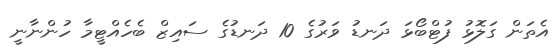
އެތަން ގަލޮޅު ފުޓްބޯޅަ ދަނޑު ވަރުގެ 10 ދަނޑުގެ ސައިޒް ބެހެއްޓީމާ ހުންނާނީ